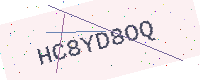
Text: HC8YD8OQ